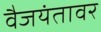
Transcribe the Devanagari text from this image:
वैजयंतावर